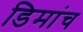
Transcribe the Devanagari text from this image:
डिमांच